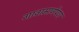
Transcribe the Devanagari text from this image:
गावामार्गेपण